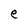
Character: e